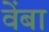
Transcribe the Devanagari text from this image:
वेंबा